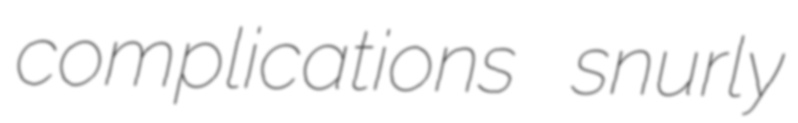
complications snurly